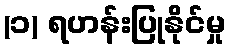
(၁) ရဟန်းပြုနိုင်မှု